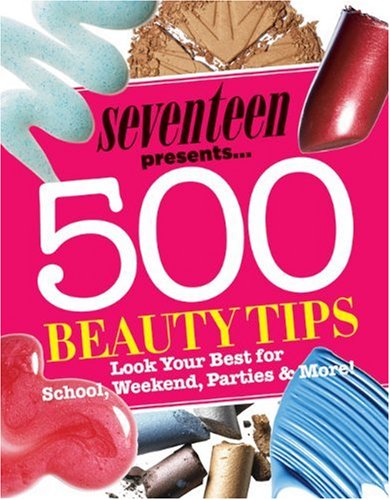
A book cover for Seventeen 500 Beauty Tips: Look Your Best for School, Weekend, Parties & More!; Teen & Young Adult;